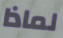
لماذا